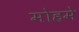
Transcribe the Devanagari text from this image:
मोहमे